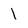
Character: 1